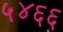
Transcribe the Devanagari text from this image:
५४६६